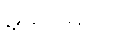
မှုခင်းများ